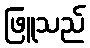
ဖြူသည်